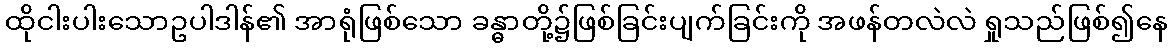
ထိုငါးပါးသောဥပါဒါန်၏ အာရုံဖြစ်သော ခန္ဓာတို့၌ဖြစ်ခြင်းပျက်ခြင်းကို အဖန်တလဲလဲ ရှုသည်ဖြစ်၍နေ